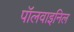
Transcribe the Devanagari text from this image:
पॉलवाइनिल